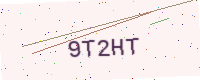
Text: 9T2HT